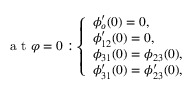
\mathrm { ~ a ~ t ~ } \varphi = 0 : \left\{ \begin{array} { l l } { \phi _ { o } ^ { \prime } ( 0 ) = 0 , } \\ { \phi _ { 1 2 } ^ { \prime } ( 0 ) = 0 , } \\ { \phi _ { 3 1 } ( 0 ) = \phi _ { 2 3 } ( 0 ) , } \\ { \phi _ { 3 1 } ^ { \prime } ( 0 ) = \phi _ { 2 3 } ^ { \prime } ( 0 ) , } \end{array} \right.